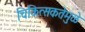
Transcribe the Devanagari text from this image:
चिकित्सकतेमुळे